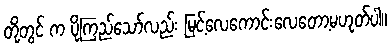
တို့တွင် က ပိုကြည်သော်လည်း မြင့်လေကောင်းလေတော့မဟုတ်ပါ။